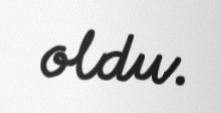
oldu.